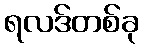
ရလဒ်တစ်ခု